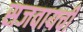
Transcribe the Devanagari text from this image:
सजवायची